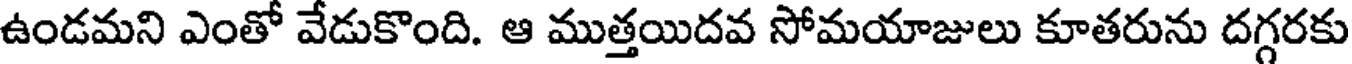
ఉండమని ఎంతో వేడుకొంది. ఆ ముత్తయిదవ సోమయాజులు కూతరును దగ్గరకు